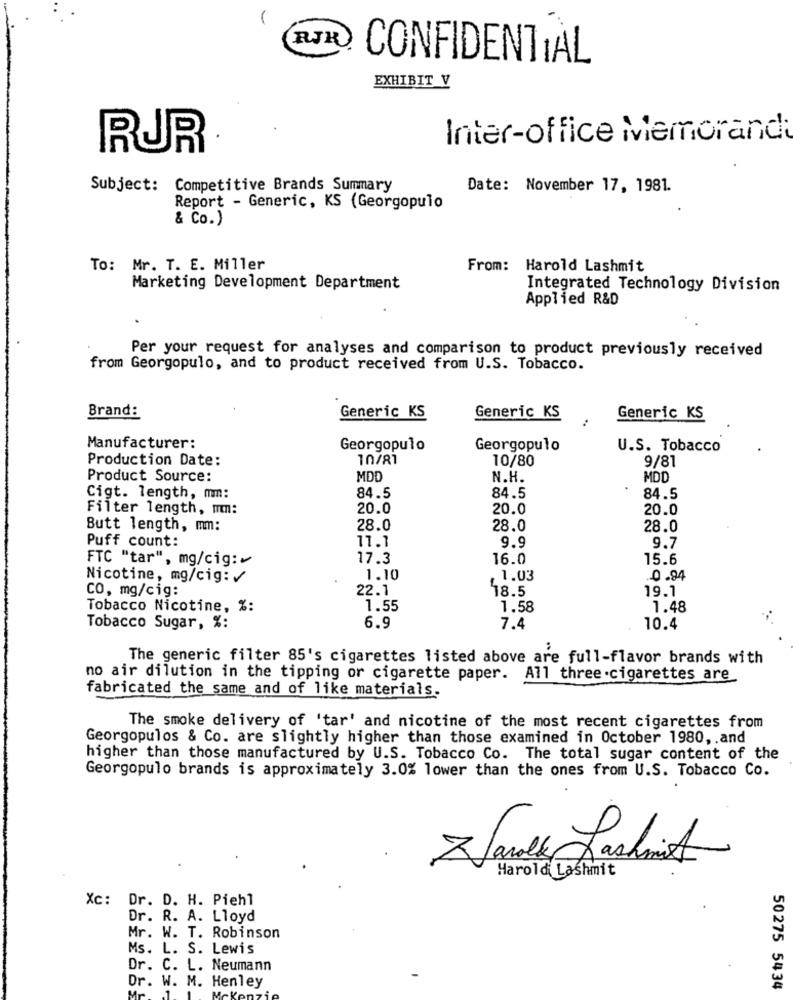
RJR
CONFIDENTIAL
EXHIBIT V
Inter-office Memorand
RUR
Subject: Competitive Brands Summary
Date: November 17, 1981.
Report - Generic, KS (Georgopulo
& Co.)
To: Mr. T. E. Miller
From: Harold Lashmit
Marketing Development Department
Integrated Technology Division
Applied R&D
Per your request for analyses and comparison to product previously received
from Georgopulo, and to product received from U.S. Tobacco.
Brand:
Generic KS
Generic KS
Generic KS
Manufacturer:
Georgopulo
Georgopulo
U.S. Tobacco
Production Date:
10/81
10/80
9/81
Product Source:
MDD
N.H.
MDD
Cigt. length, mm:
84.5
84.5
84.5
Filter length, mm:
20.0
20.0
20.0
Butt length, mm:
28.0
28.0
28.0
Puff count:
11.1
9.9
9.7
FTC "tar", mg/cig:
17.3
16.0
15.6
Nicotine, mg/cig: /
1.10
1.03
0.94
CO, mg/cig:
22.1
18.5
19.1
Tobacco Nicotine, %:
1.55
1.58
1.48
Tobacco Sugar, %:
6.9
7.4
10.4
The generic filter 85's cigarettes listed above are full-flavor brands with
no air dilution in the tipping or cigarette paper. All three .cigarettes are
fabricated the same and of like materials.
The smoke delivery of 'tar' and nicotine of the most recent cigarettes from
Georgopulos & Co. are slightly higher than those examined in October 1980, . and
higher than those manufactured by U.S. Tobacco Co. The total sugar content of the
Georgopulo brands is approximately 3.0% lower than the ones from U.S. Tobacco Co.
Zards Lashmit
Harold Lashmit
Xc: Dr. D. H. Piehl
Dr. R. A. Lloyd
Mr. W. T. Robinson
Ms. L. S. Lewis
Dr. C. L. Neumann
Dr. W. M. Henley
50275 5434